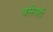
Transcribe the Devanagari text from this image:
बसेसही